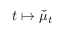
t \mapsto \check { \mu } _ { t }